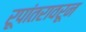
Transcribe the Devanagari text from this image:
रूपांतरावरून